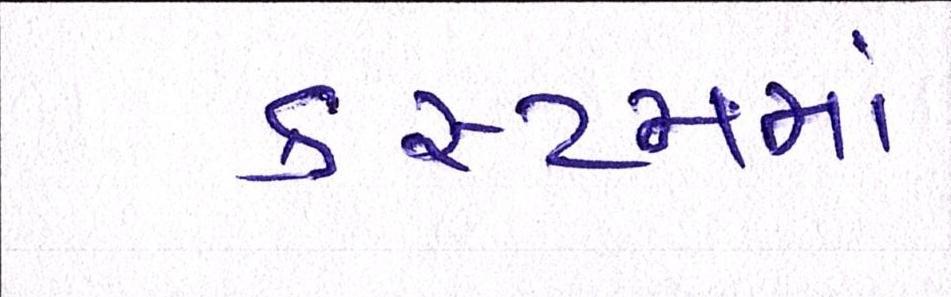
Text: કસ્ટમમાં